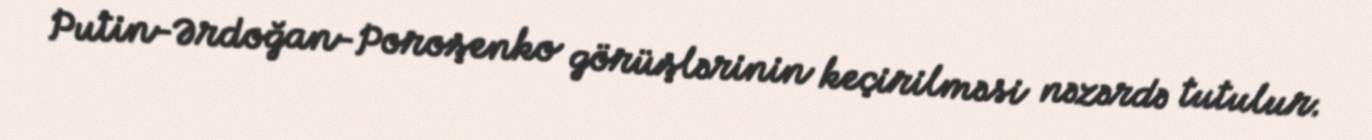
Putin-Ərdoğan-Poroşenko görüşlərinin keçirilməsi nəzərdə tutulur.